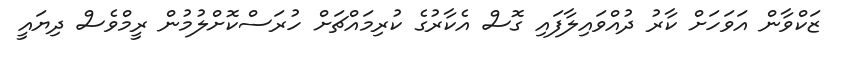
ޒަކްވާން އަވަހަށް ކާރު ދުއްވައިލާފައި ގޮސް އެކާރުގެ ކުރިމައްޗަށް ހުރަސްކޮށްލުމުން ރީމްވެސް ދިޔައީ